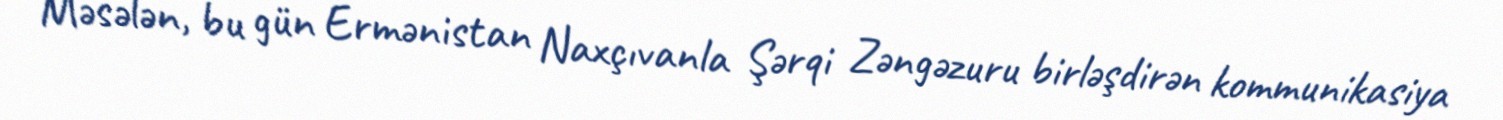
Məsələn, bu gün Ermənistan Naxçıvanla Şərqi Zəngəzuru birləşdirən kommunikasiya